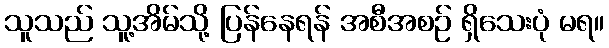
သူသည် သူ့အိမ်သို့ ပြန်နေရန် အစီအစဉ် ရှိသေးပုံ မရ။